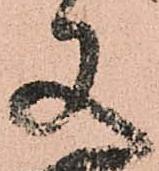
又